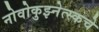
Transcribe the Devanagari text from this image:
नोवोकुझ्नेत्स्कचे